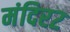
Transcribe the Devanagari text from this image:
मंदिर२